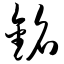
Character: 铭